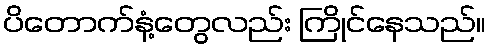
ပိတောက်နံ့တွေလည်း ကြိုင်နေသည်။